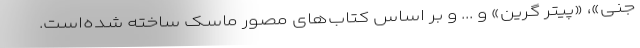
جنی»، «پیتر گرین» و ... و بر اساس کتاب‌های مصور ماسک ساخته شده‌است.